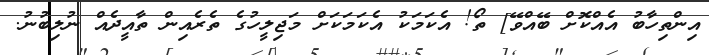
އިންތިހާބު އެއްކޮށް ބޭއްވޭ] ތޯ! އެކަމަކު އެކަމަކަށް މަޖިލީހުގެ ތެރެއިން ތާއީދެއް ނުލިބުނު.